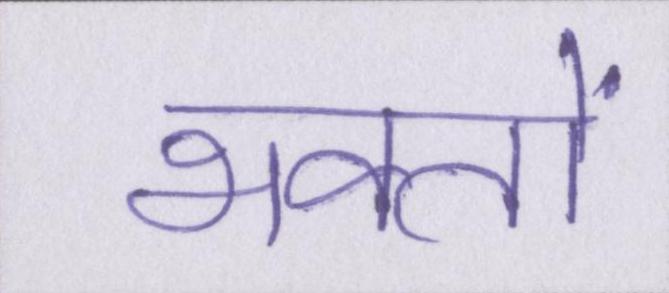
भक्तों